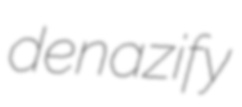
denazify